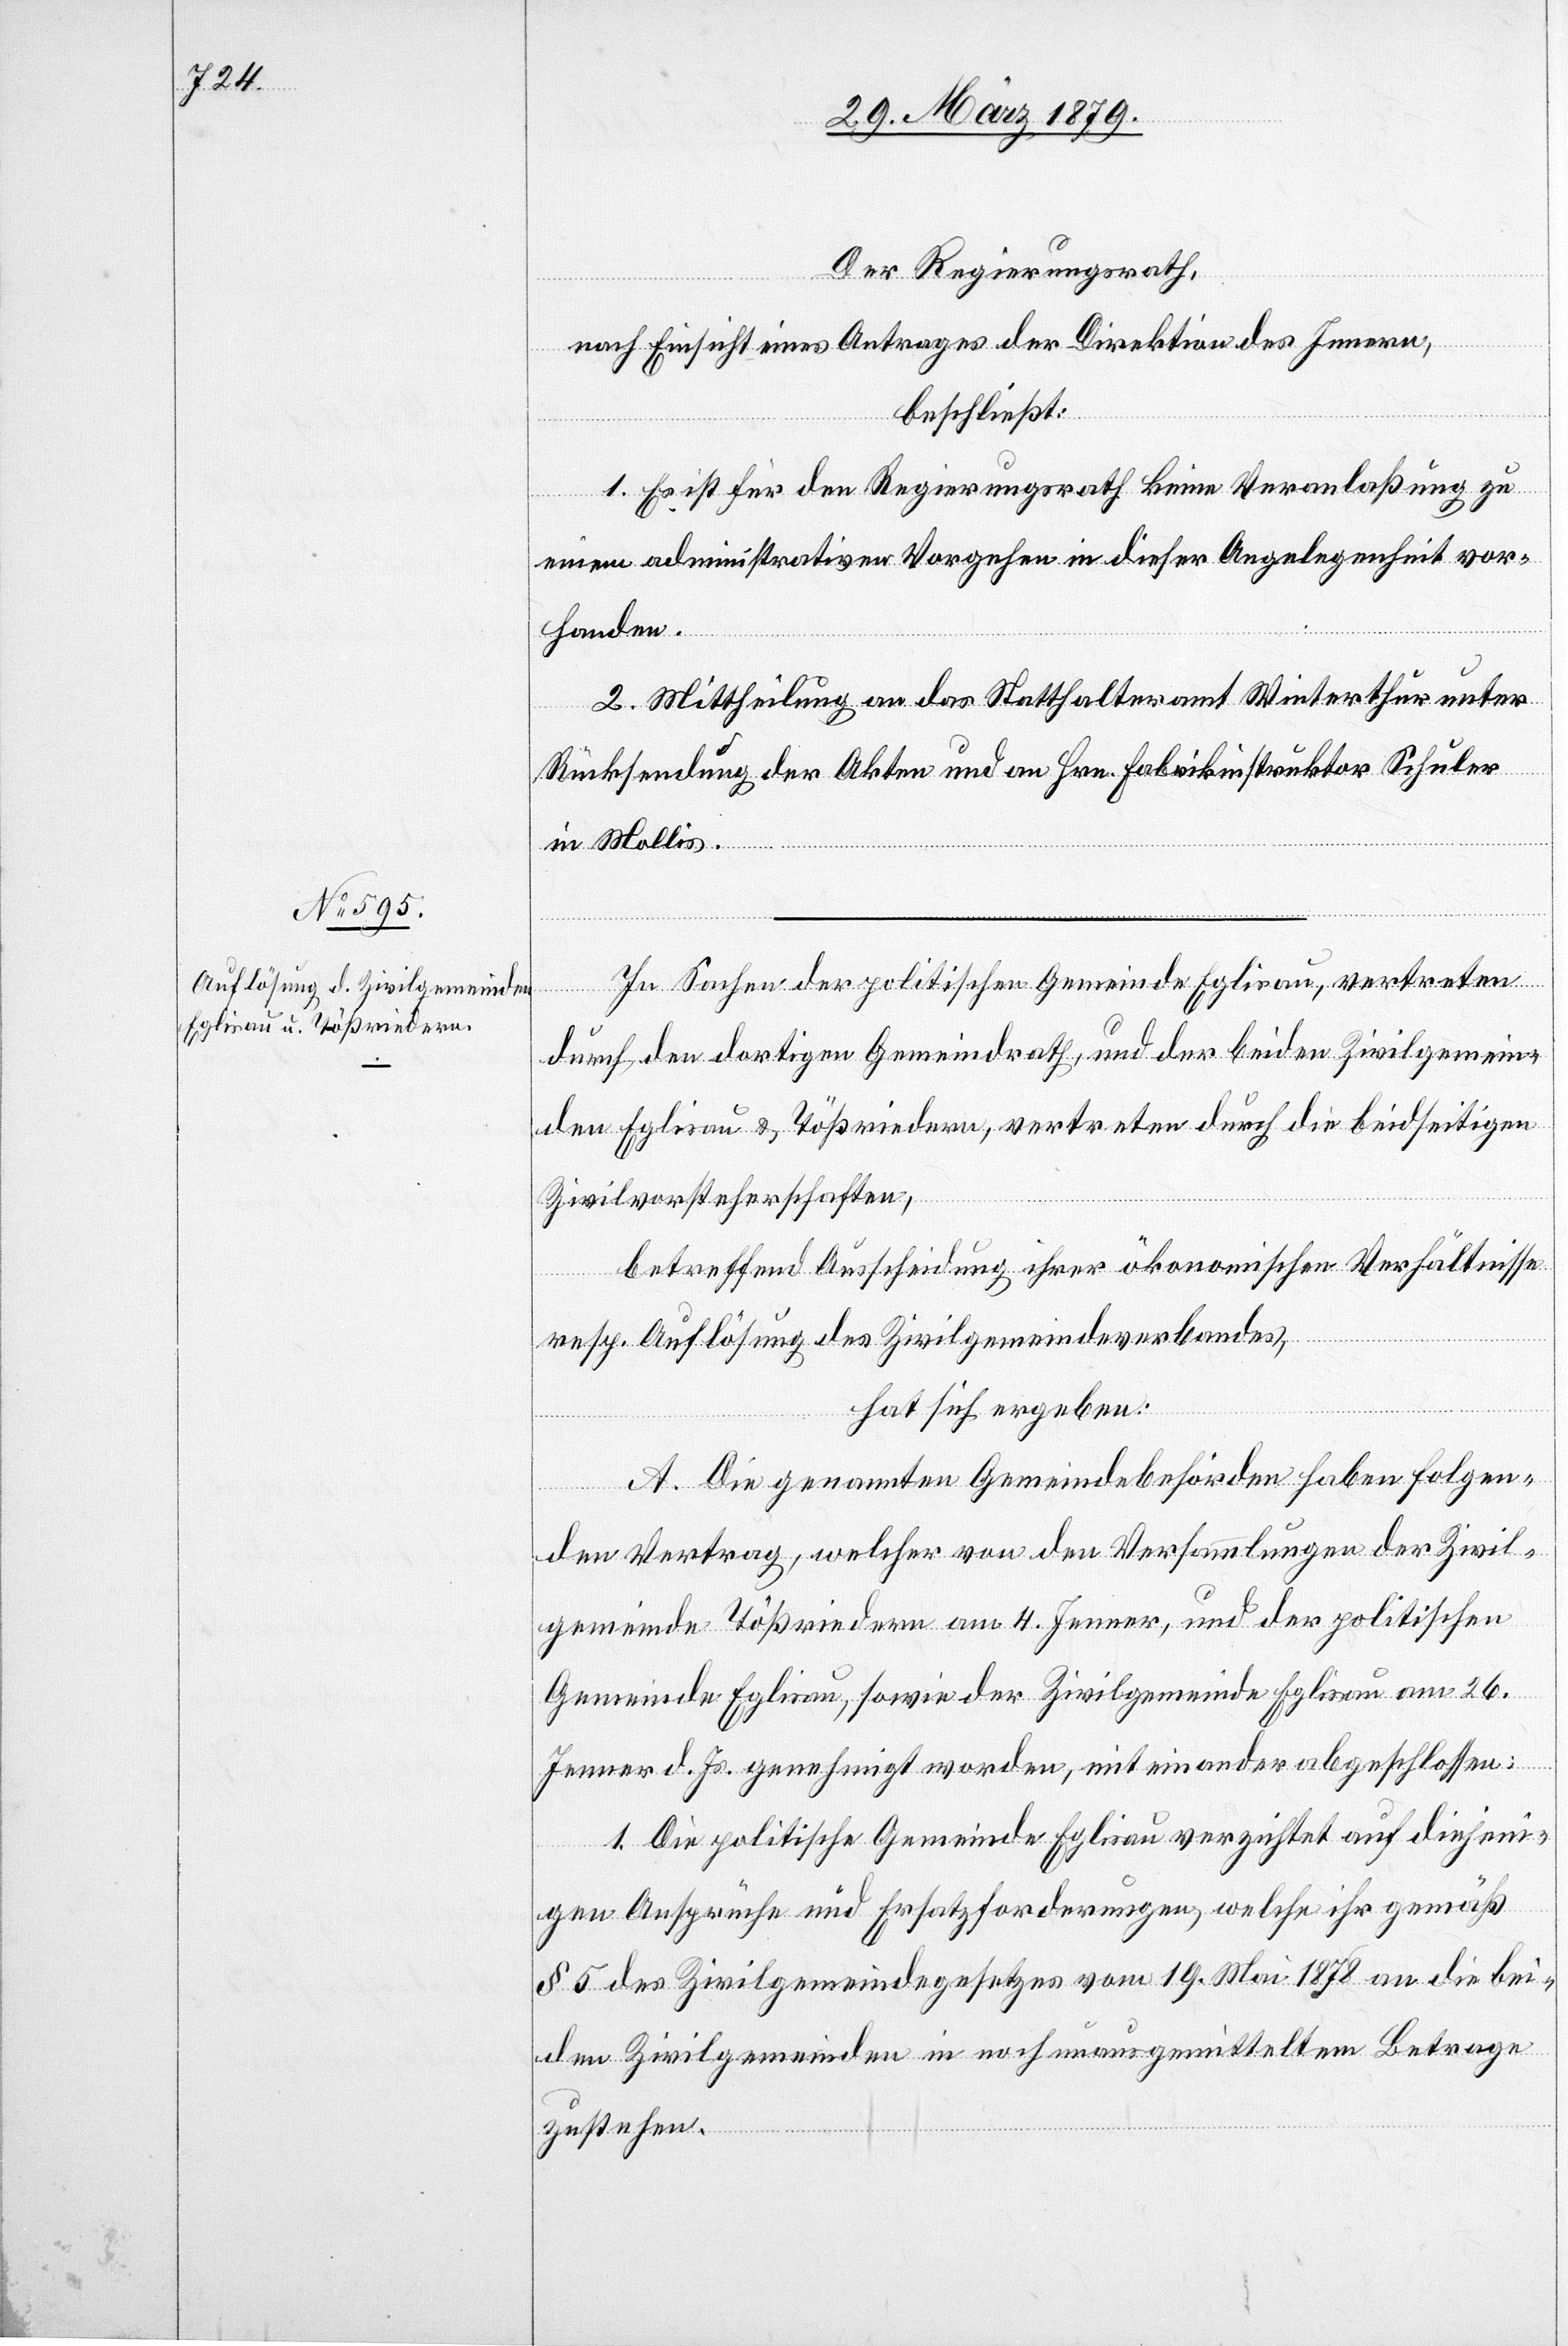
Der Regierungsrath,
nach Einsicht eines Antrages der Direktion des Innern,
beschließt:
1. Es ist für den Regierungsrath keine Veranlaßung zu
einem administrativen Vorgehen in dieser Angelegenheit vor¬
handen.
2. Mittheilung an das Statthalteramt Winterthur unter
Rücksendung der Akten und an Hrn. Fabrikinspektor Schuler
in Mollis.
In Sachen der politischen Gemeinde Eglisau, vertreten
durch den dortigen Gemeindrath, und der beiden Zivilgemein¬
den Eglisau & Tößriedern, vertreten durch die beidseitigen
Zivilvorsteherschaften,
betreffend Ausscheidung ihrer ökonomischen Verhältnisse
resp. Auflösung des Zivilgemeindeverbandes,
hat sich ergeben:
A. Die genannten Gemeindebehörden haben folgen¬
den Vertrag, welcher von den Versammlungen der Zivil¬
gemeinde Tößriedern am 4. Jenner, und der Politischen
Gemeinde Eglisau, sowie der Zivilgemeinde Eglisau am 26.
Jenner d. Js. genehmigt worden, miteinander abgschlossen:
1. Die politische Gemeinde Eglisau verzichtet auf diejeni¬
gen Ansprüche und Ersatzforderungen, welche ihr gemäß
§ 5 des Zivilgemeindegesetzes vom 19. Mai 1878 an die bei¬
den Zivilgemeinden in noch unausgemitteltem Betrage
zustehen.